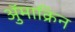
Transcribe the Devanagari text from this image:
ॲुमाक्रिन